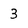
Character: 3